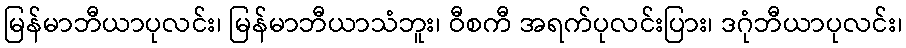
မြန်မာဘီယာပုလင်း၊ မြန်မာဘီယာသံဘူး၊ ဝီစကီ အရက်ပုလင်းပြား၊ ဒဂုံဘီယာပုလင်း၊